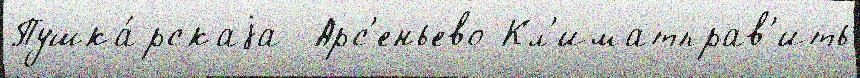
Пушка́рскаjа  Арс'еньево Кл'иматправ'ить